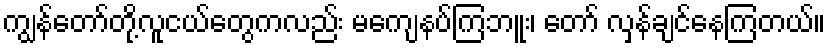
ကျွန်တော်တို့လူငယ်တွေကလည်း မကျေနပ်ကြဘူး၊ တော် လှန်ချင်နေကြတယ်။